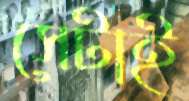
সেটাই